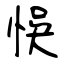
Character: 悞